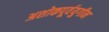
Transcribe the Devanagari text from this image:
अशोकपूर्वयुगीन